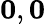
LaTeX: \mathbf 0,\mathbf 0